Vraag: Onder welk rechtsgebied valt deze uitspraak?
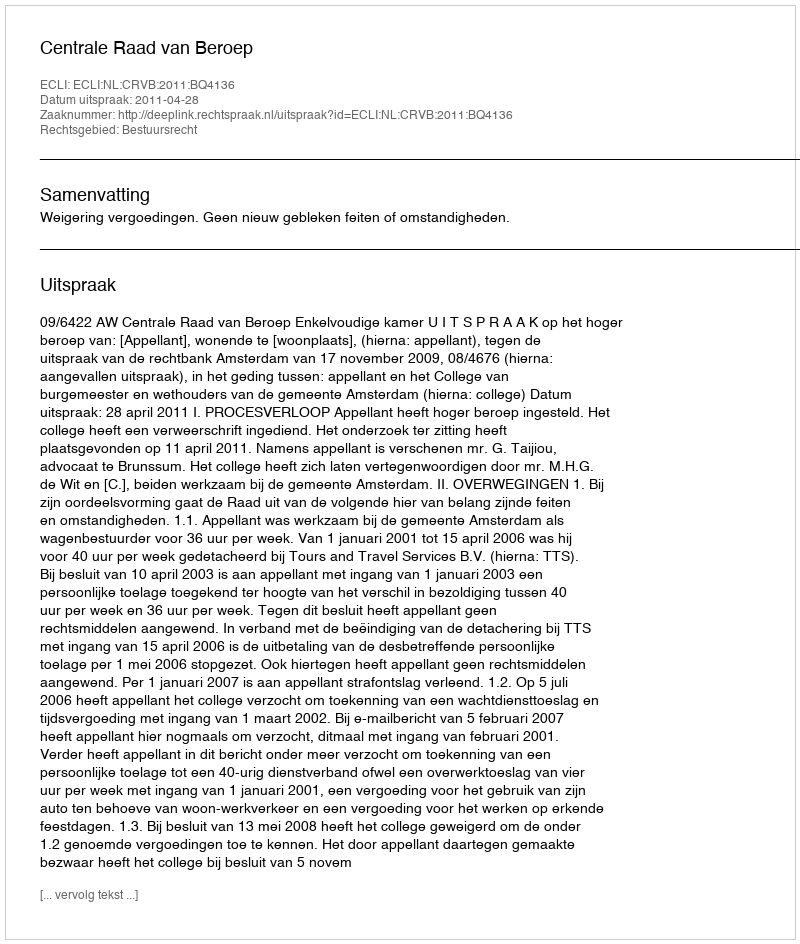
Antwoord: Bestuursrecht